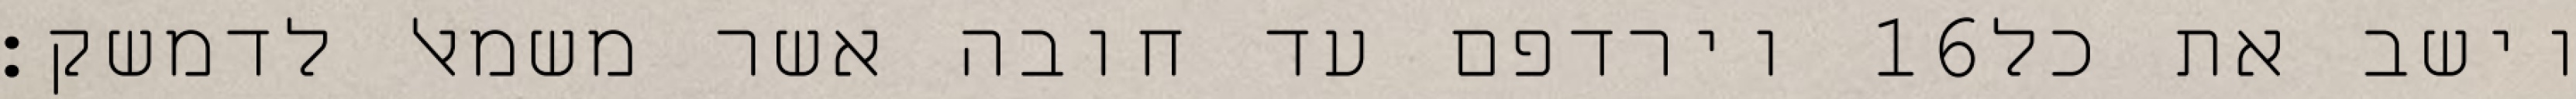
וירדפם עד חובה אשר משמאל לדמשק׃ ‎16‏ וישב את כל